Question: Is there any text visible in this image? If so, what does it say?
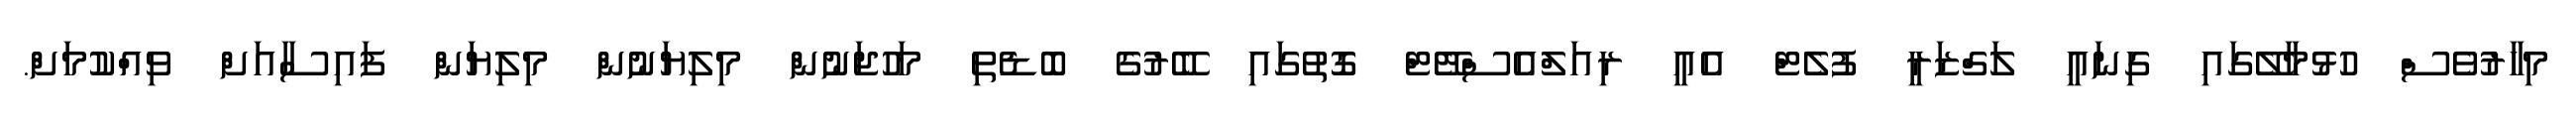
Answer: މިހާރުވެސް ހުޅުމާލޭގައި ގިނައީ ލަގްޒަރީ ފުލެޓް އެއީ ރިއަލްއެސްޓޭޓް ގޮތުގައި ބޭރުގެ ބޮޑެތި މަހުޖަނުން މިލިޔަނުން މިލިޔަން ފައިސާއަށް ވިއްކުމަށް.